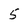
Character: 5